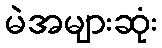
မဲအများဆုံး